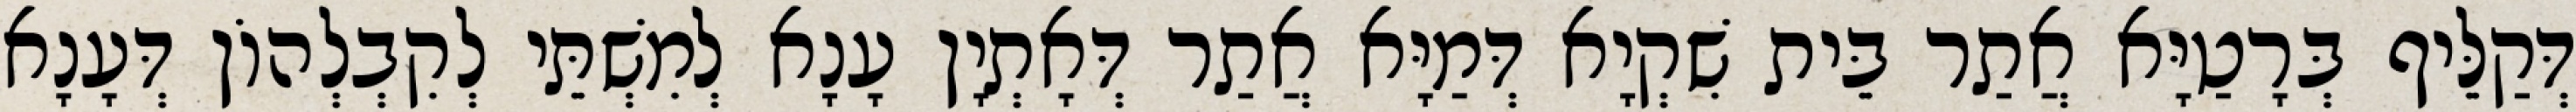
דְּקַלֵּיף בְּרָטַיָּא אֲתַר בֵּית שִׁקְיָא דְּמַיָּא אֲתַר דְּאָתְיָן עָנָא לְמִשְׁתֵּי לְקִבְלְהוֹן דְּעָנָא